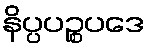
နိပ္ပပဉ္စပဒေ